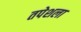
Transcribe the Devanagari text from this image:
तपेशला